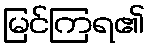
မြင်ကြရ၏